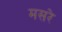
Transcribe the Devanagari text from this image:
मसरे